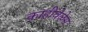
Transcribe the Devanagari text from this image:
काहीवेळेस